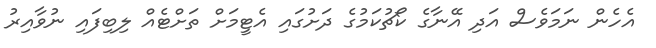
އެހެން ނަމަވެސް އަދި އޭނާގެ ކޯޗުކަމުގެ ދަށުގައި އެޓީމަށް ތަށްޓެއް ލިބިފައި ނުވާއިރު